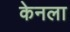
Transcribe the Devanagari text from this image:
केनला